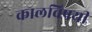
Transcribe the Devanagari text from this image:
कालविषयी